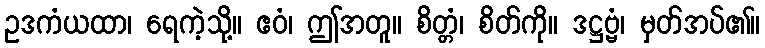
ဥဒကံယထာ၊ ရေကဲ့သို့။ ဧဝံ၊ ဤအတူ။ စိတ္တံ၊ စိတ်ကို။ ဒဋ္ဌဗ္ဗံ၊ မှတ်အပ်၏။